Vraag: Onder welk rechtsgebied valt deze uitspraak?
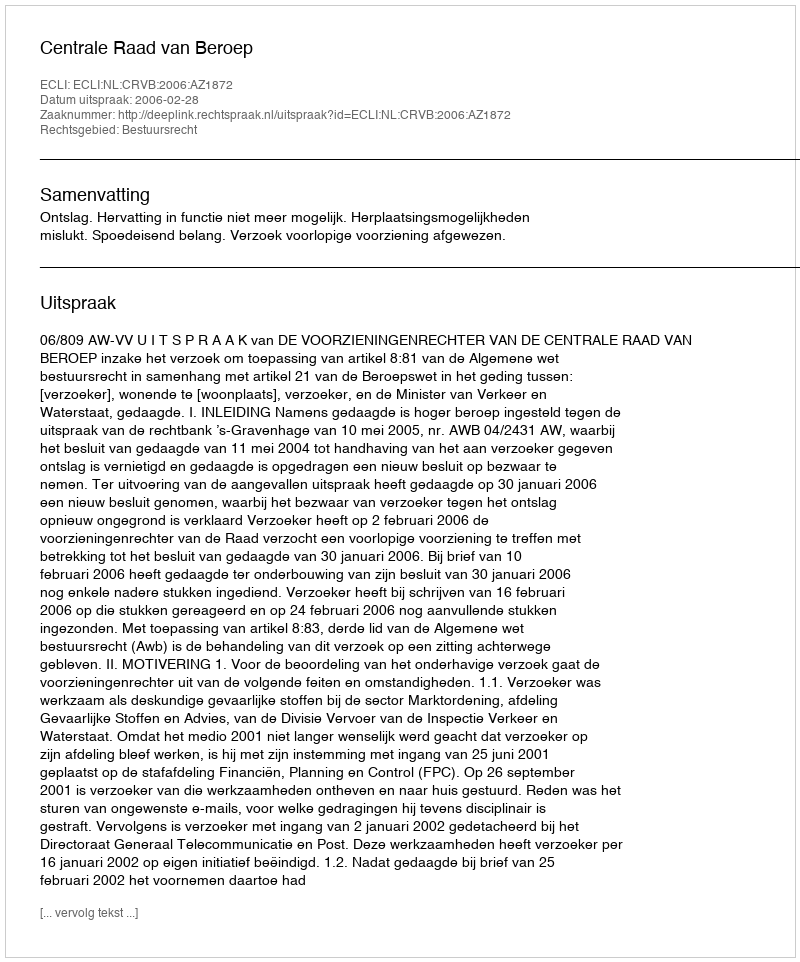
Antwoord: Bestuursrecht